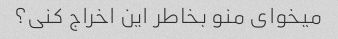
میخوای منو بخاطر این اخراج کنی؟